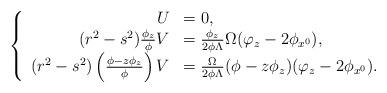
LaTeX: \begin{align*}\left\{\begin{array}{rl}U&=0,\\(r^2-s^2)\frac{\phi_z}{\phi}V&=\frac{\phi_z}{2\phi\Lambda}\Omega(\varphi_z-2\phi_{x^0}),\\(r^2-s^2)\left(\frac{\phi-z\phi_z}{\phi}\right)V&=\frac{\Omega}{2\phi\Lambda}(\phi-z\phi_z)(\varphi_z-2\phi_{x^0}).\end{array}\right.\end{align*}